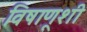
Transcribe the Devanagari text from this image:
विषाणूशी